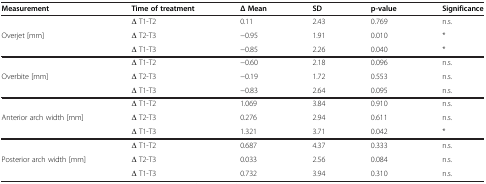
<table><thead><tr><td><b>Measurement</b></td><td><b>Time of treatment</b></td><td><b>Δ Mean</b></td><td><b>SD</b></td><td><b>p-value</b></td><td><b>Significance</b></td></tr></thead><tbody><tr><td> </td><td>Δ T1-T2</td><td>0.11</td><td>2.43</td><td>0.769</td><td>n.s.</td></tr><tr><td>Overjet [mm]</td><td>Δ T2-T3</td><td>−0.95</td><td>1.91</td><td>0.010</td><td>*</td></tr><tr><td> </td><td>Δ T1-T3</td><td>−0.85</td><td>2.26</td><td>0.040</td><td>*</td></tr><tr><td> </td><td>Δ T1-T2</td><td>−0.60</td><td>2.18</td><td>0.096</td><td>n.s.</td></tr><tr><td>Overbite [mm]</td><td>Δ T2-T3</td><td>−0.19</td><td>1.72</td><td>0.553</td><td>n.s.</td></tr><tr><td> </td><td>Δ T1-T3</td><td>−0.83</td><td>2.64</td><td>0.095</td><td>n.s.</td></tr><tr><td> </td><td>Δ T1-T2</td><td>1.069</td><td>3.84</td><td>0.910</td><td>n.s.</td></tr><tr><td>Anterior arch width [mm]</td><td>Δ T2-T3</td><td>0.276</td><td>2.94</td><td>0.611</td><td>n.s.</td></tr><tr><td> </td><td>Δ T1-T3</td><td>1.321</td><td>3.71</td><td>0.042</td><td>*</td></tr><tr><td> </td><td>Δ T1-T2</td><td>0.687</td><td>4.37</td><td>0.333</td><td>n.s.</td></tr><tr><td>Posterior arch width [mm]</td><td>Δ T2-T3</td><td>0.033</td><td>2.56</td><td>0.084</td><td>n.s.</td></tr><tr><td> </td><td>Δ T1-T3</td><td>0.732</td><td>3.94</td><td>0.310</td><td>n.s.</td></tr></tbody></table>